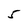
Character: 5